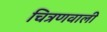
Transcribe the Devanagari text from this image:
चित्रणवाली